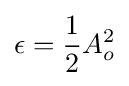
\epsilon ={\frac {1}{2}}A_{o}^{2}